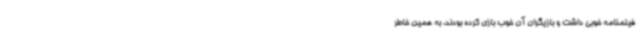
فیلمنامه خوبی داشت و بازیگران آن خوب بازی کرده بودند. به همین خاطر